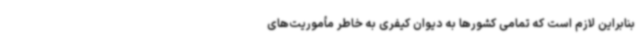
بنابراین لازم است که تمامی کشورها به دیوان کیفری به خاطر مأموریت‌های